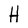
Character: H